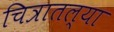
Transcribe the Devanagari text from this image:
चित्रातल्या